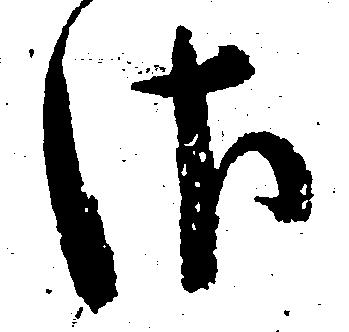
さ